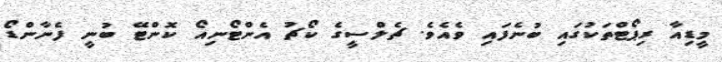
މީޑިއާ ރިޕޯޓްތަކުގައި ބުނެފައި ވެއެވެ. ޗެލްސީގެ ކޯޗު އެންޓޯނިއޯ ކޮންޓޭ ބުނީ ފެނާންޑޯ